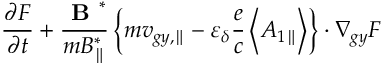
\frac { \partial F } { \partial t } + \frac { \textbf { B } ^ { * } } { m B _ { \parallel } ^ { * } } \left\{ m { v } _ { g y , \parallel } - \varepsilon _ { \delta } \frac { e } { c } \left< A _ { 1 \parallel } \right> \right\} \boldsymbol { \cdot } \nabla _ { g y } F